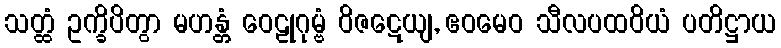
သတ္ထံ ဥက္ခိပိတွာ မဟန္တံ ဝေဠုဂုမ္ဗံ ဝိဇဋေယျ, ဧဝမေဝ သီလပထဝိယံ ပတိဋ္ဌာယ